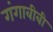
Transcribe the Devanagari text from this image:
गंगाबीबी